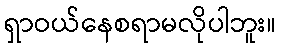
ရှာဝယ်နေစရာမလိုပါဘူး။